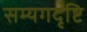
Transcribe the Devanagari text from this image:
सम्यगदृष्टि